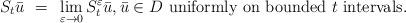
LaTeX: \begin{align*} S_{t} \bar u~=~\lim_{\varepsilon\to 0} S^{\varepsilon}_{t}\bar u, \bar u \in D\text{ uniformly on bounded $t$ intervals}. \end{align*}